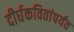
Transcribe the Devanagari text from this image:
दीर्घकवितांपर्यंत